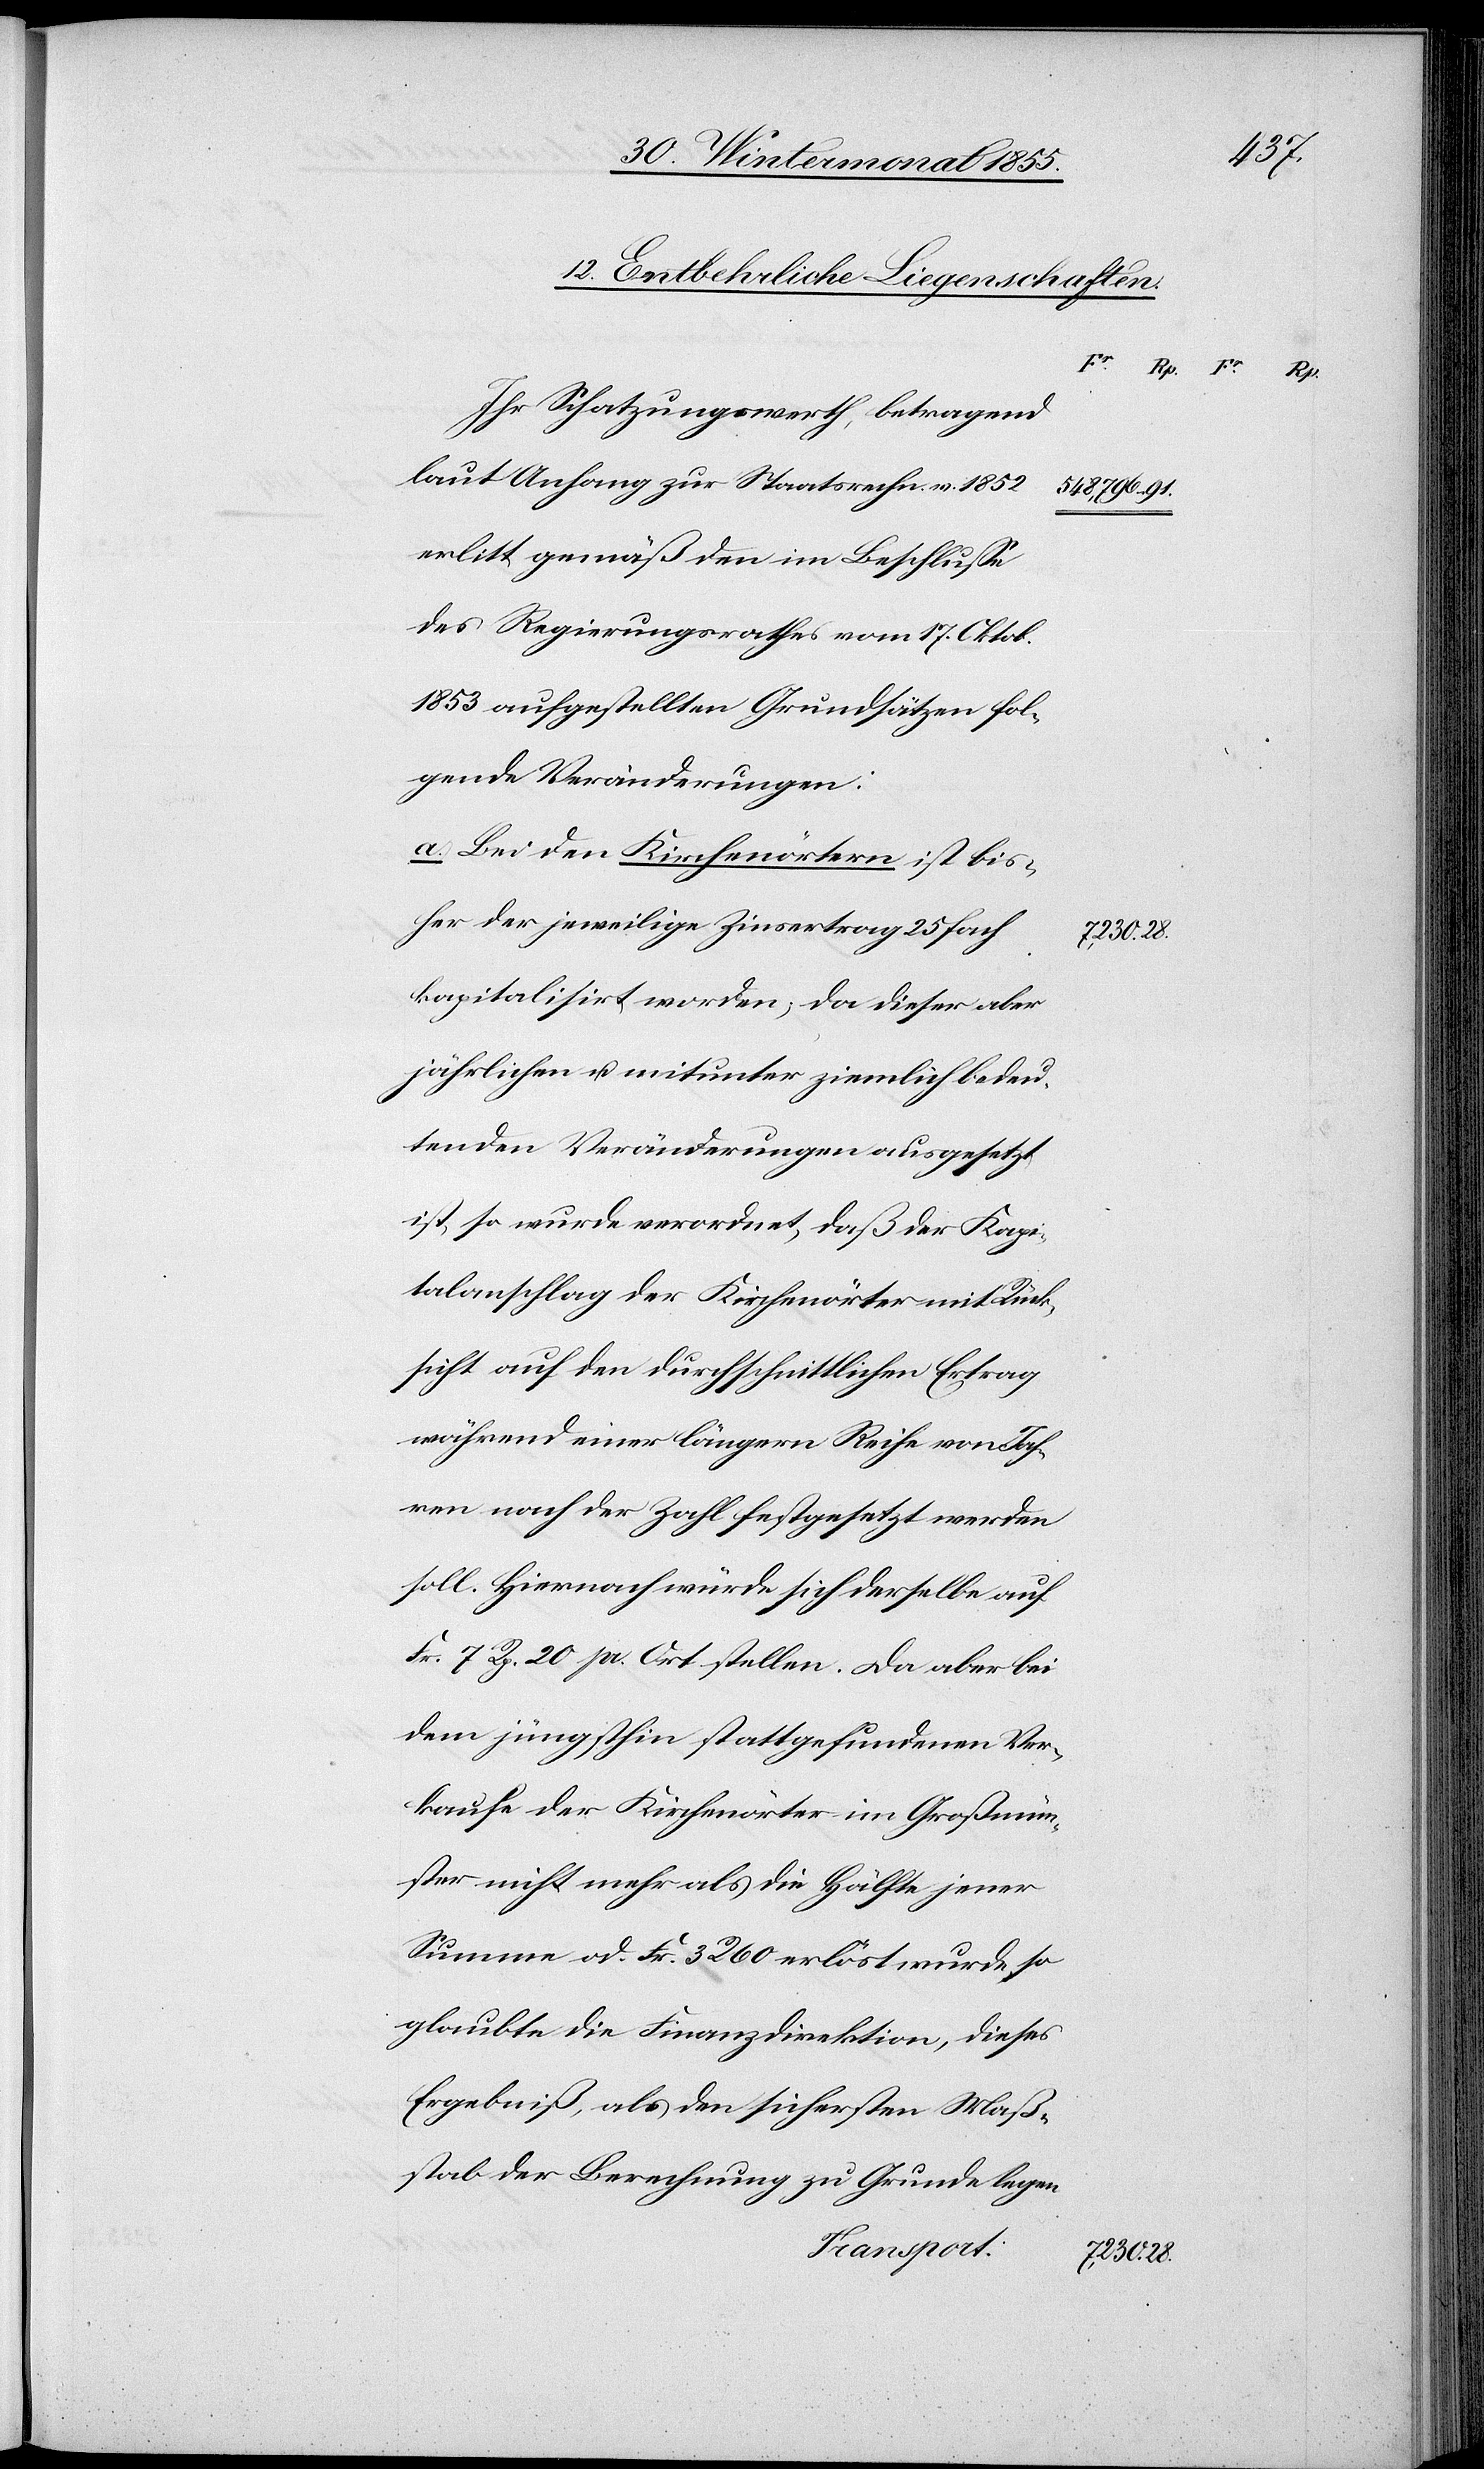
12. Entbehrliche Liegenschaften.
28.
Ihr Schatzungswerth, betragend
laut Anhang zur Staatsrechn. v. 1852
548,796.
erlitt gemäß den im Beschlusse
des Regierungsrathes vom 17. Oktob.
1853 aufgestellten Grundsätzen fol¬
gende Veränderungen:
a. Bei den Kirchenörtern ist bis¬
her der jeweilige Zinsertrag 25 fach
7,230.
kapitalisirt worden; da dieser aber
jährlichen u. mitunter ziemlich bedeu¬
tenden Veränderungen ausgesetzt
ist, so wurde verordnet, daß der Kapi¬
talanschlag der Kirchenörter mit Rück¬
sicht auf den durchschnittlichen Ertrag
während einer längern Reihe von Jah¬
ren nach der Zahl festgesetzt werden
soll. Hiernach würde sich derselbe auf
Fr. 7 Rp. 20 pr. Ort stellen. Da aber bei
dem jüngsthin stattgefundenen Ver¬
kaufe der Kirchenörter im Großmün¬
ster nicht mehr als die Hälfte jener
Summe od. Fr. 3 R. 60 erlöst wurde, so
glaubte die Finanzdirektion, dieses
Ergebniß, als den sichersten Maß¬
stab der Berechnung zu Grunde legen
Transport: